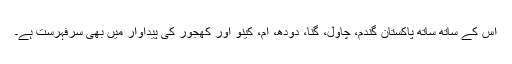
اس کے ساتھ ساتھ پاکستان گندم، چاول، گنا، دودھ، آم، کینو اور کھجور کی پیداوار میں بھی سرفہرست ہے۔